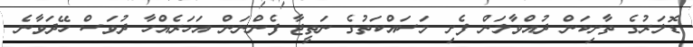
ޑޮލަރުގެ ތާށިކަން ދުއްވާލަން ފެށި މަސައްކަތުގެ ނަތީޖާ ފެންނަން އަހަރެއްހާ ދުވަސް ހޭދަވާނެ